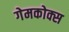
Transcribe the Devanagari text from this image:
गेमकोक्स